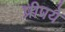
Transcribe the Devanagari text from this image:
प्रीपये